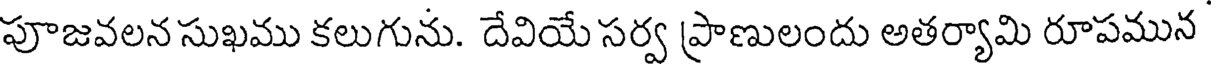
పూజవలన సుఖము కలుగును. దేవియే సర్వ ప్రాణులందు అతర్యామి రూపమున